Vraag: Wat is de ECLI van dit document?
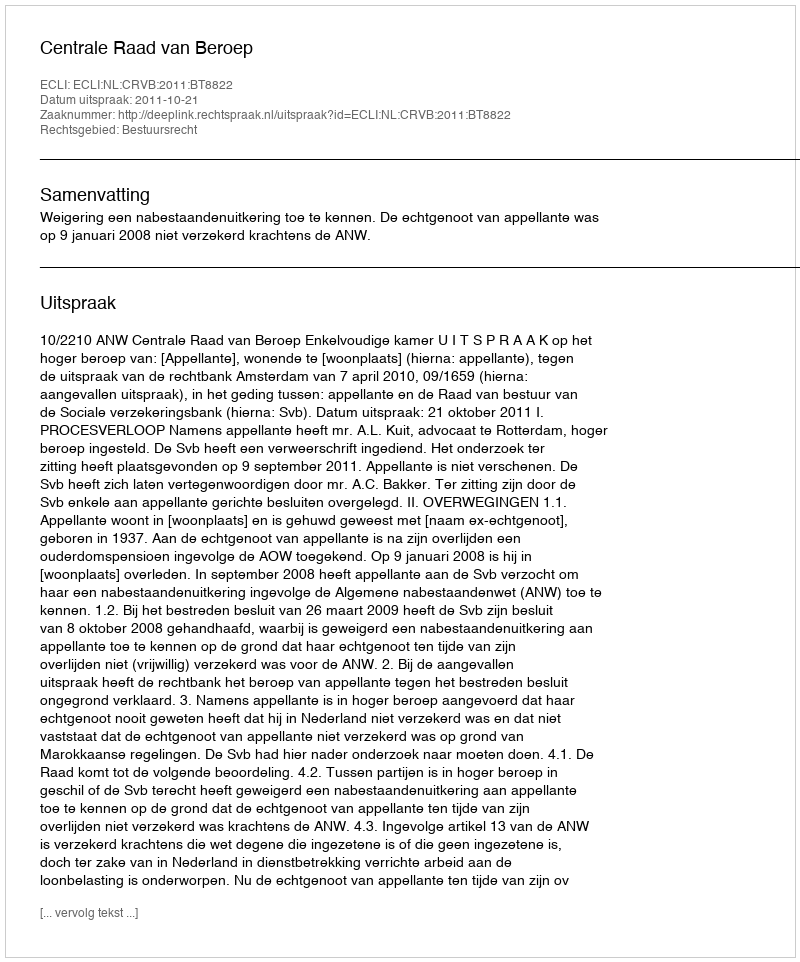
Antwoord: ECLI:NL:CRVB:2011:BT8822